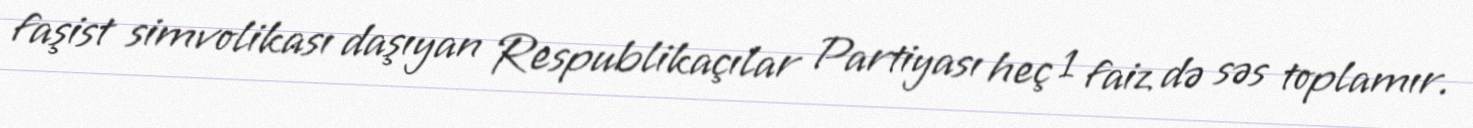
faşist simvolikası daşıyan Respublikaçılar Partiyası heç 1 faiz də səs toplamır.